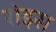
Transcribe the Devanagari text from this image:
रोइस